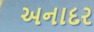
અનાદર